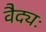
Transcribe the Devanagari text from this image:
वैद्यः